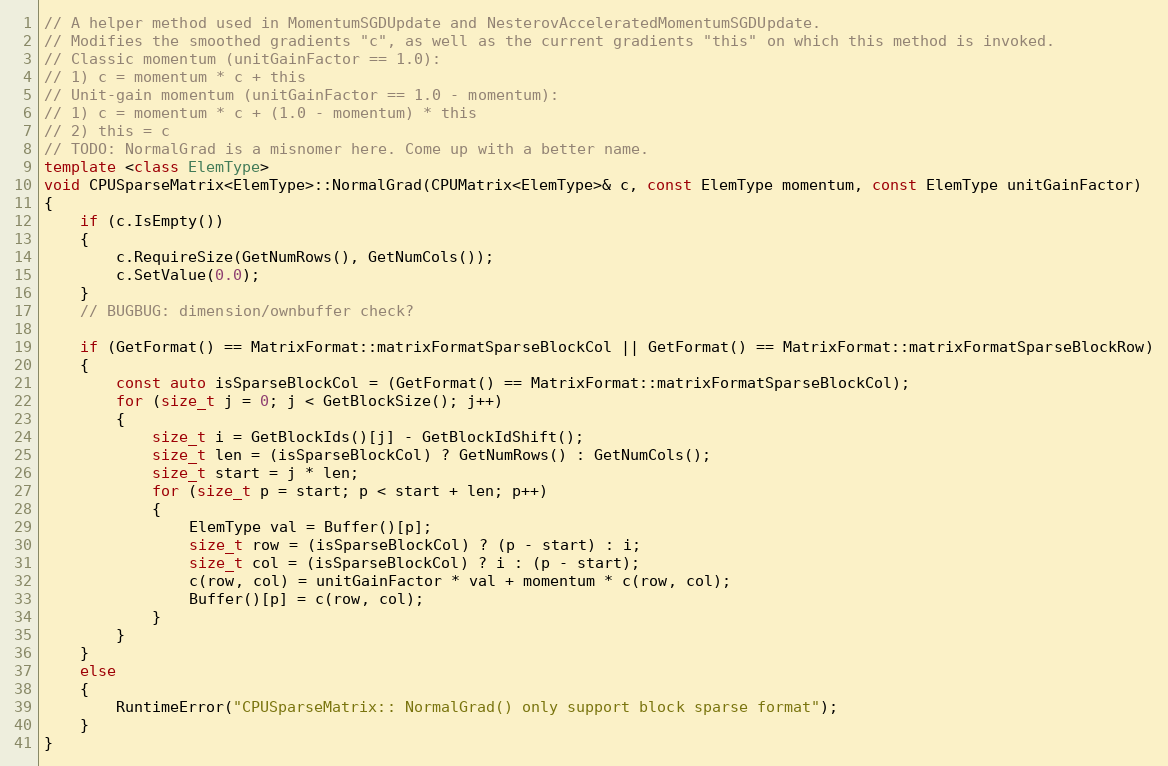
Language: C++
// A helper method used in MomentumSGDUpdate and NesterovAcceleratedMomentumSGDUpdate.
// Modifies the smoothed gradients "c", as well as the current gradients "this" on which this method is invoked.
// Classic momentum (unitGainFactor == 1.0):
// 1) c = momentum * c + this
// Unit-gain momentum (unitGainFactor == 1.0 - momentum):
// 1) c = momentum * c + (1.0 - momentum) * this
// 2) this = c
// TODO: NormalGrad is a misnomer here. Come up with a better name.
template <class ElemType>
void CPUSparseMatrix<ElemType>::NormalGrad(CPUMatrix<ElemType>& c, const ElemType momentum, const ElemType unitGainFactor)
{
    if (c.IsEmpty())
    {
        c.RequireSize(GetNumRows(), GetNumCols());
        c.SetValue(0.0);
    }
    // BUGBUG: dimension/ownbuffer check?

    if (GetFormat() == MatrixFormat::matrixFormatSparseBlockCol || GetFormat() == MatrixFormat::matrixFormatSparseBlockRow)
    {
        const auto isSparseBlockCol = (GetFormat() == MatrixFormat::matrixFormatSparseBlockCol);
        for (size_t j = 0; j < GetBlockSize(); j++)
        {
            size_t i = GetBlockIds()[j] - GetBlockIdShift();
            size_t len = (isSparseBlockCol) ? GetNumRows() : GetNumCols();
            size_t start = j * len;
            for (size_t p = start; p < start + len; p++)
            {
                ElemType val = Buffer()[p];
                size_t row = (isSparseBlockCol) ? (p - start) : i;
                size_t col = (isSparseBlockCol) ? i : (p - start);
                c(row, col) = unitGainFactor * val + momentum * c(row, col);
                Buffer()[p] = c(row, col);
            }
        }
    }
    else
    {
        RuntimeError("CPUSparseMatrix:: NormalGrad() only support block sparse format");
    }
}